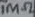
Text: 1MΩ